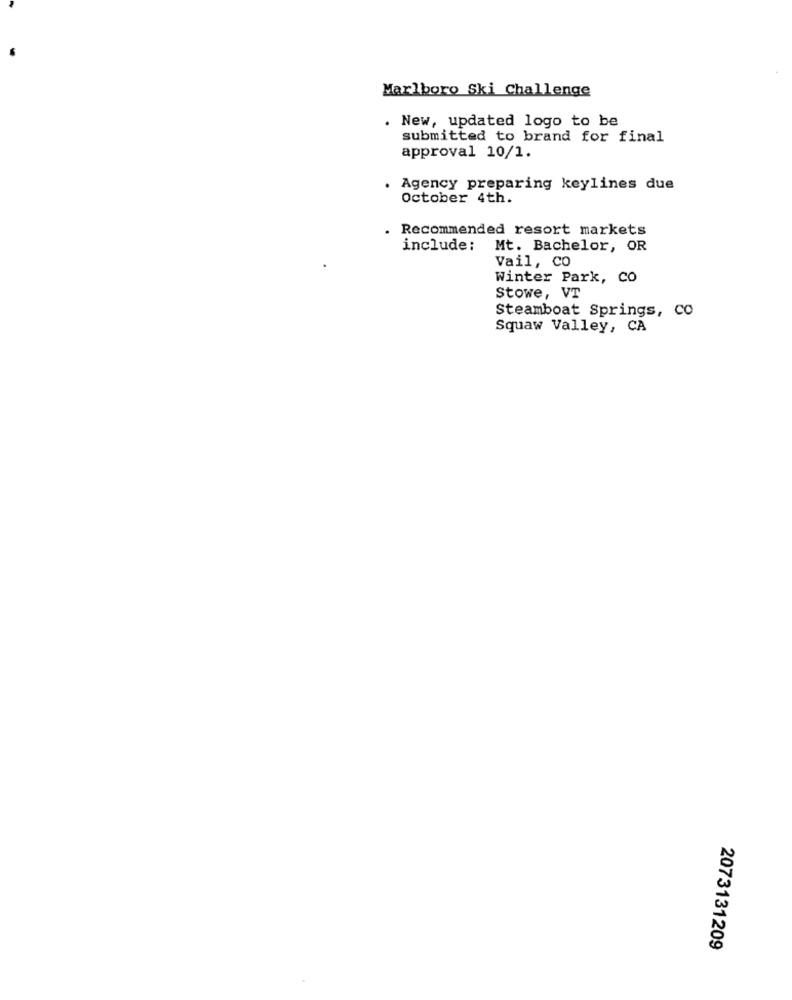
Marlboro Ski Challenge
. New, updated logo to be
submitted to brand for final
approval 10/1.
Agency preparing keylines due
October 4th.
. Recommended resort markets
include: Mt. Bachelor, OR
Vail, CO
Winter Park, co
Stowe, VT
Steamboat Springs, CO
Squaw Valley, CA
2073131209